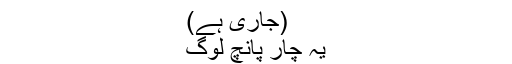
(جاری ہے)
یہ چار پانچ لوگ